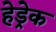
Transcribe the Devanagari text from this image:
हेड्रेक